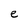
Character: e